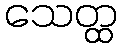
သေတ္ထ